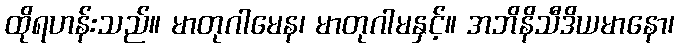
ထိုရဟန်းသည်။ မာတုဂါမေန၊ မာတုဂါမနှင့်။ အဘိနိသီဒိယမာနော၊